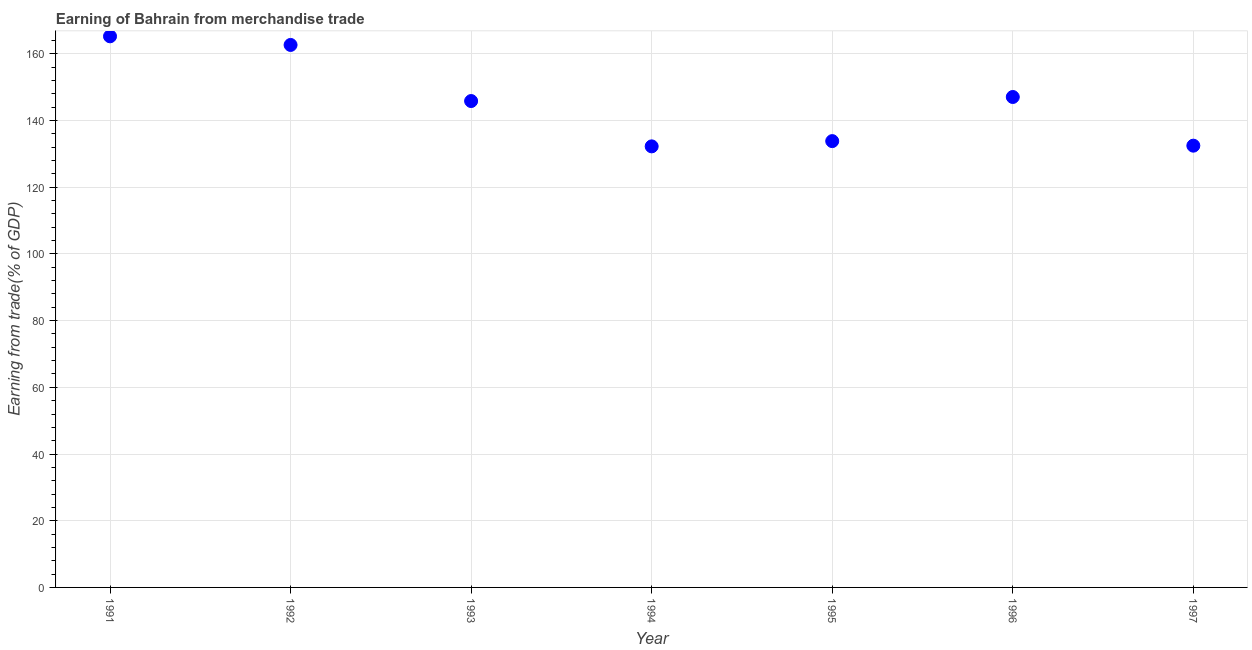
| Year | Merchandise trade |
 | --- | --- |
 | 1991 | 165 |
 | 1992 | 163 |
 | 1993 | 146 |
 | 1994 | 132 |
 | 1995 | 134 |
 | 1996 | 147 |
 | 1997 | 132 |